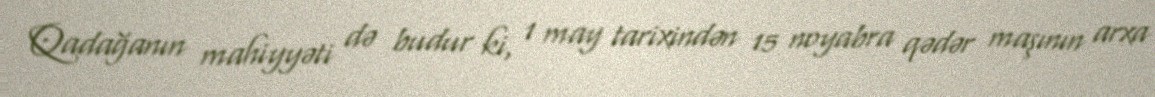
Qadağanın mahiyyəti də budur ki, 1 may tarixindən 15 noyabra qədər maşının arxa